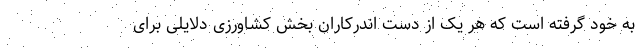
به خود گرفته است که هر یک از دست اندرکاران بخش کشاورزی دلایلی برای